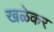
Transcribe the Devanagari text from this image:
खळेकर